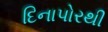
દિનાપોરથી